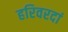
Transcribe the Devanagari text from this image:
हरिवरदां